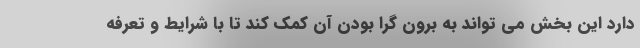
دارد این بخش می تواند به برون گرا بودن آن کمک کند تا با شرایط و تعرفه